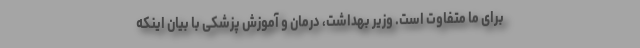
برای ما متفاوت است. وزیر بهداشت، درمان و آموزش پزشکی با بیان اینکه